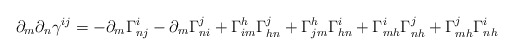
\begin{align*}\partial_m\partial_n\gamma^{ij}=-\partial_m\Gamma_{nj}^i-\partial_m\Gamma_{ni}^j+\Gamma_{im}^h\Gamma_{hn}^j+\Gamma_{jm}^h\Gamma_{hn}^i+\Gamma_{mh}^i\Gamma_{nh}^j+\Gamma_{mh}^j\Gamma_{nh}^i\end{align*}